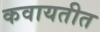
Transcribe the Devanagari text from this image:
कवायतीत